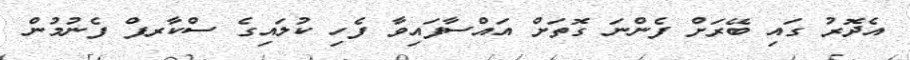
އެދޮރު ގައި ބޭރަށް ފެންނަ ގޮތަށް އައްސާފައިވާ ފެހި ކުލައިގެ ސްކާރފް ފެނުމުން